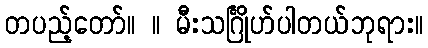
တပည့်တော်။ ။ မီးသင်္ဂြိုဟ်ပါတယ်ဘုရား။